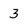
Character: 3